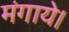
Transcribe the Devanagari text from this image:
मंगाये।